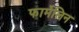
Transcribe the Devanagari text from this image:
फार्मेलिन